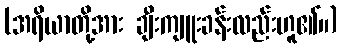
(အရိယာတို့အား ချီးကျူးခန်းလည်းဟူ၏။)